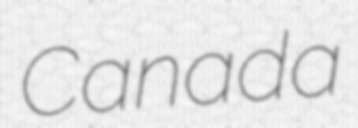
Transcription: Canada